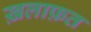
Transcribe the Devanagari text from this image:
ख़लाफ़त